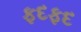
ફદફદ